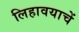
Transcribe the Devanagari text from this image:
लिहावयाचें